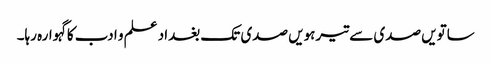
ساتویں صدی سے تیرہویں صدی تک بغداد علم و ادب کاگہوارہ رہا۔